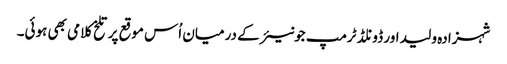
شہزادہ ولید اور ڈونلڈ ٹرمپ جونیئر کے درمیان اُس موقع پر تلخ کلامی بھی ہوئی۔